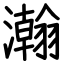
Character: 瀚